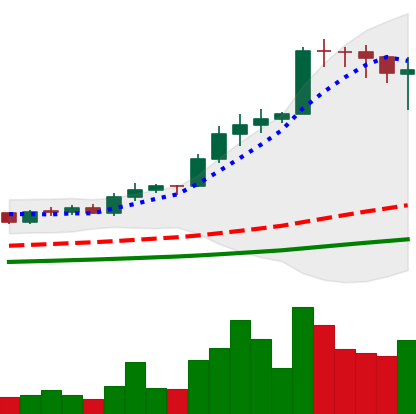
Ticker: ADA-USD
Chart end date: 2021-02-15
Forward return: 30.423%
Label: up_7plus